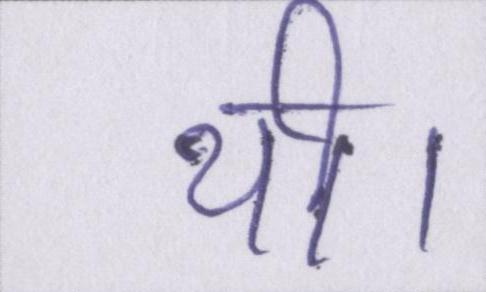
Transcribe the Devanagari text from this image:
थी।